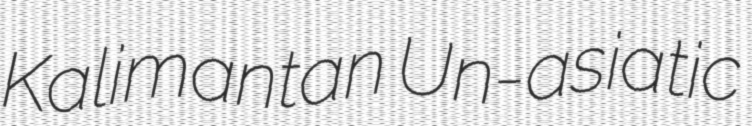
Kalimantan Un-asiatic